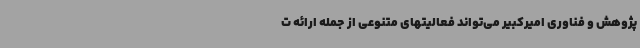
پژوهش و فناوری امیرکبیر می‌تواند فعالیتهای متنوعی از جمله ارائه ت